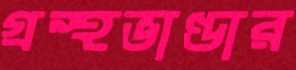
গ্রন্থভাণ্ডার